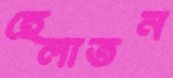
হেলাতন